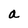
Character: a